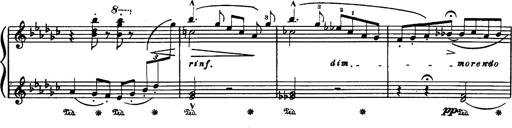
Title: Danza sacra e duetto finale dâ€™Aida
Composer: Franz Liszt